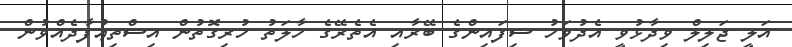
އަލީ ޖަލިލް ވިދާޅުވީ އެދުވަހު ސިފައިންގެ ބޭރާއި އެތެރޭގެ ޚާލަތު ހުރިގޮތުން އިސްތިޢުފާދެއްވުން